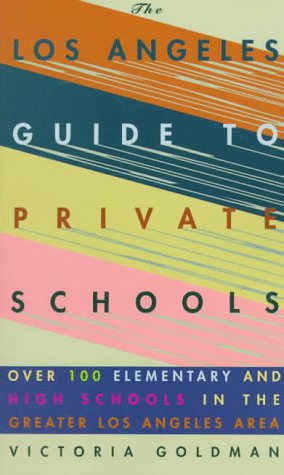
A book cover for Los Angeles Guide to Private Schools; Victoria Goldman; Test Preparation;